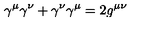
\gamma ^ { \mu } \gamma ^ { \nu } + \gamma ^ { \nu } \gamma ^ { \mu } = 2 g ^ { \mu \nu }